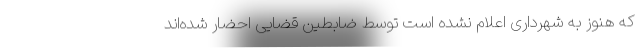
که هنوز به شهرداری اعلام نشده است توسط ضابطین قضایی احضار شده‌اند